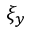
\xi _ { y }